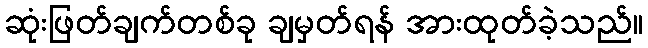
ဆုံးဖြတ်ချက်တစ်ခု ချမှတ်ရန် အားထုတ်ခဲ့သည်။